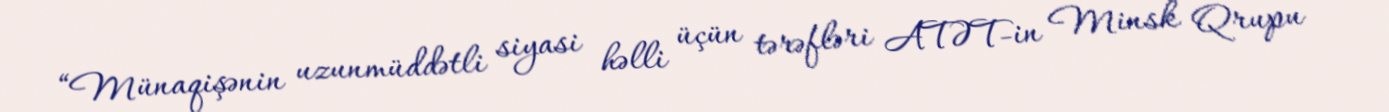
“Münaqişənin uzunmüddətli siyasi həlli üçün tərəfləri ATƏT-in Minsk Qrupu